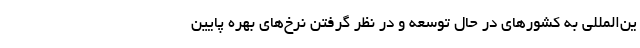
ین‌المللی به کشور‌های در حال توسعه و در نظر گرفتن نرخ‌های بهره پایین